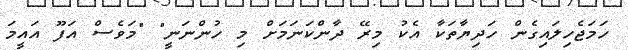
ހަމަޖެހިލައިގެން ހަދިޔާތަކާ އެކު މިރޭ ދާންކަނަމަށް މި ހުންނަނީ" "މަވެސް އަފޫ އައީމަ